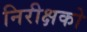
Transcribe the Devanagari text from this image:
निरीक्षको